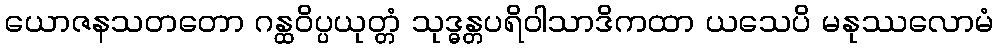
ယောဇနသတတော ဂန္ထဝိပ္ပယုတ္တံ သုဒ္ဓန္တပရိဝါသာဒိကထာ ယသေပိ မနုဿလောမံ